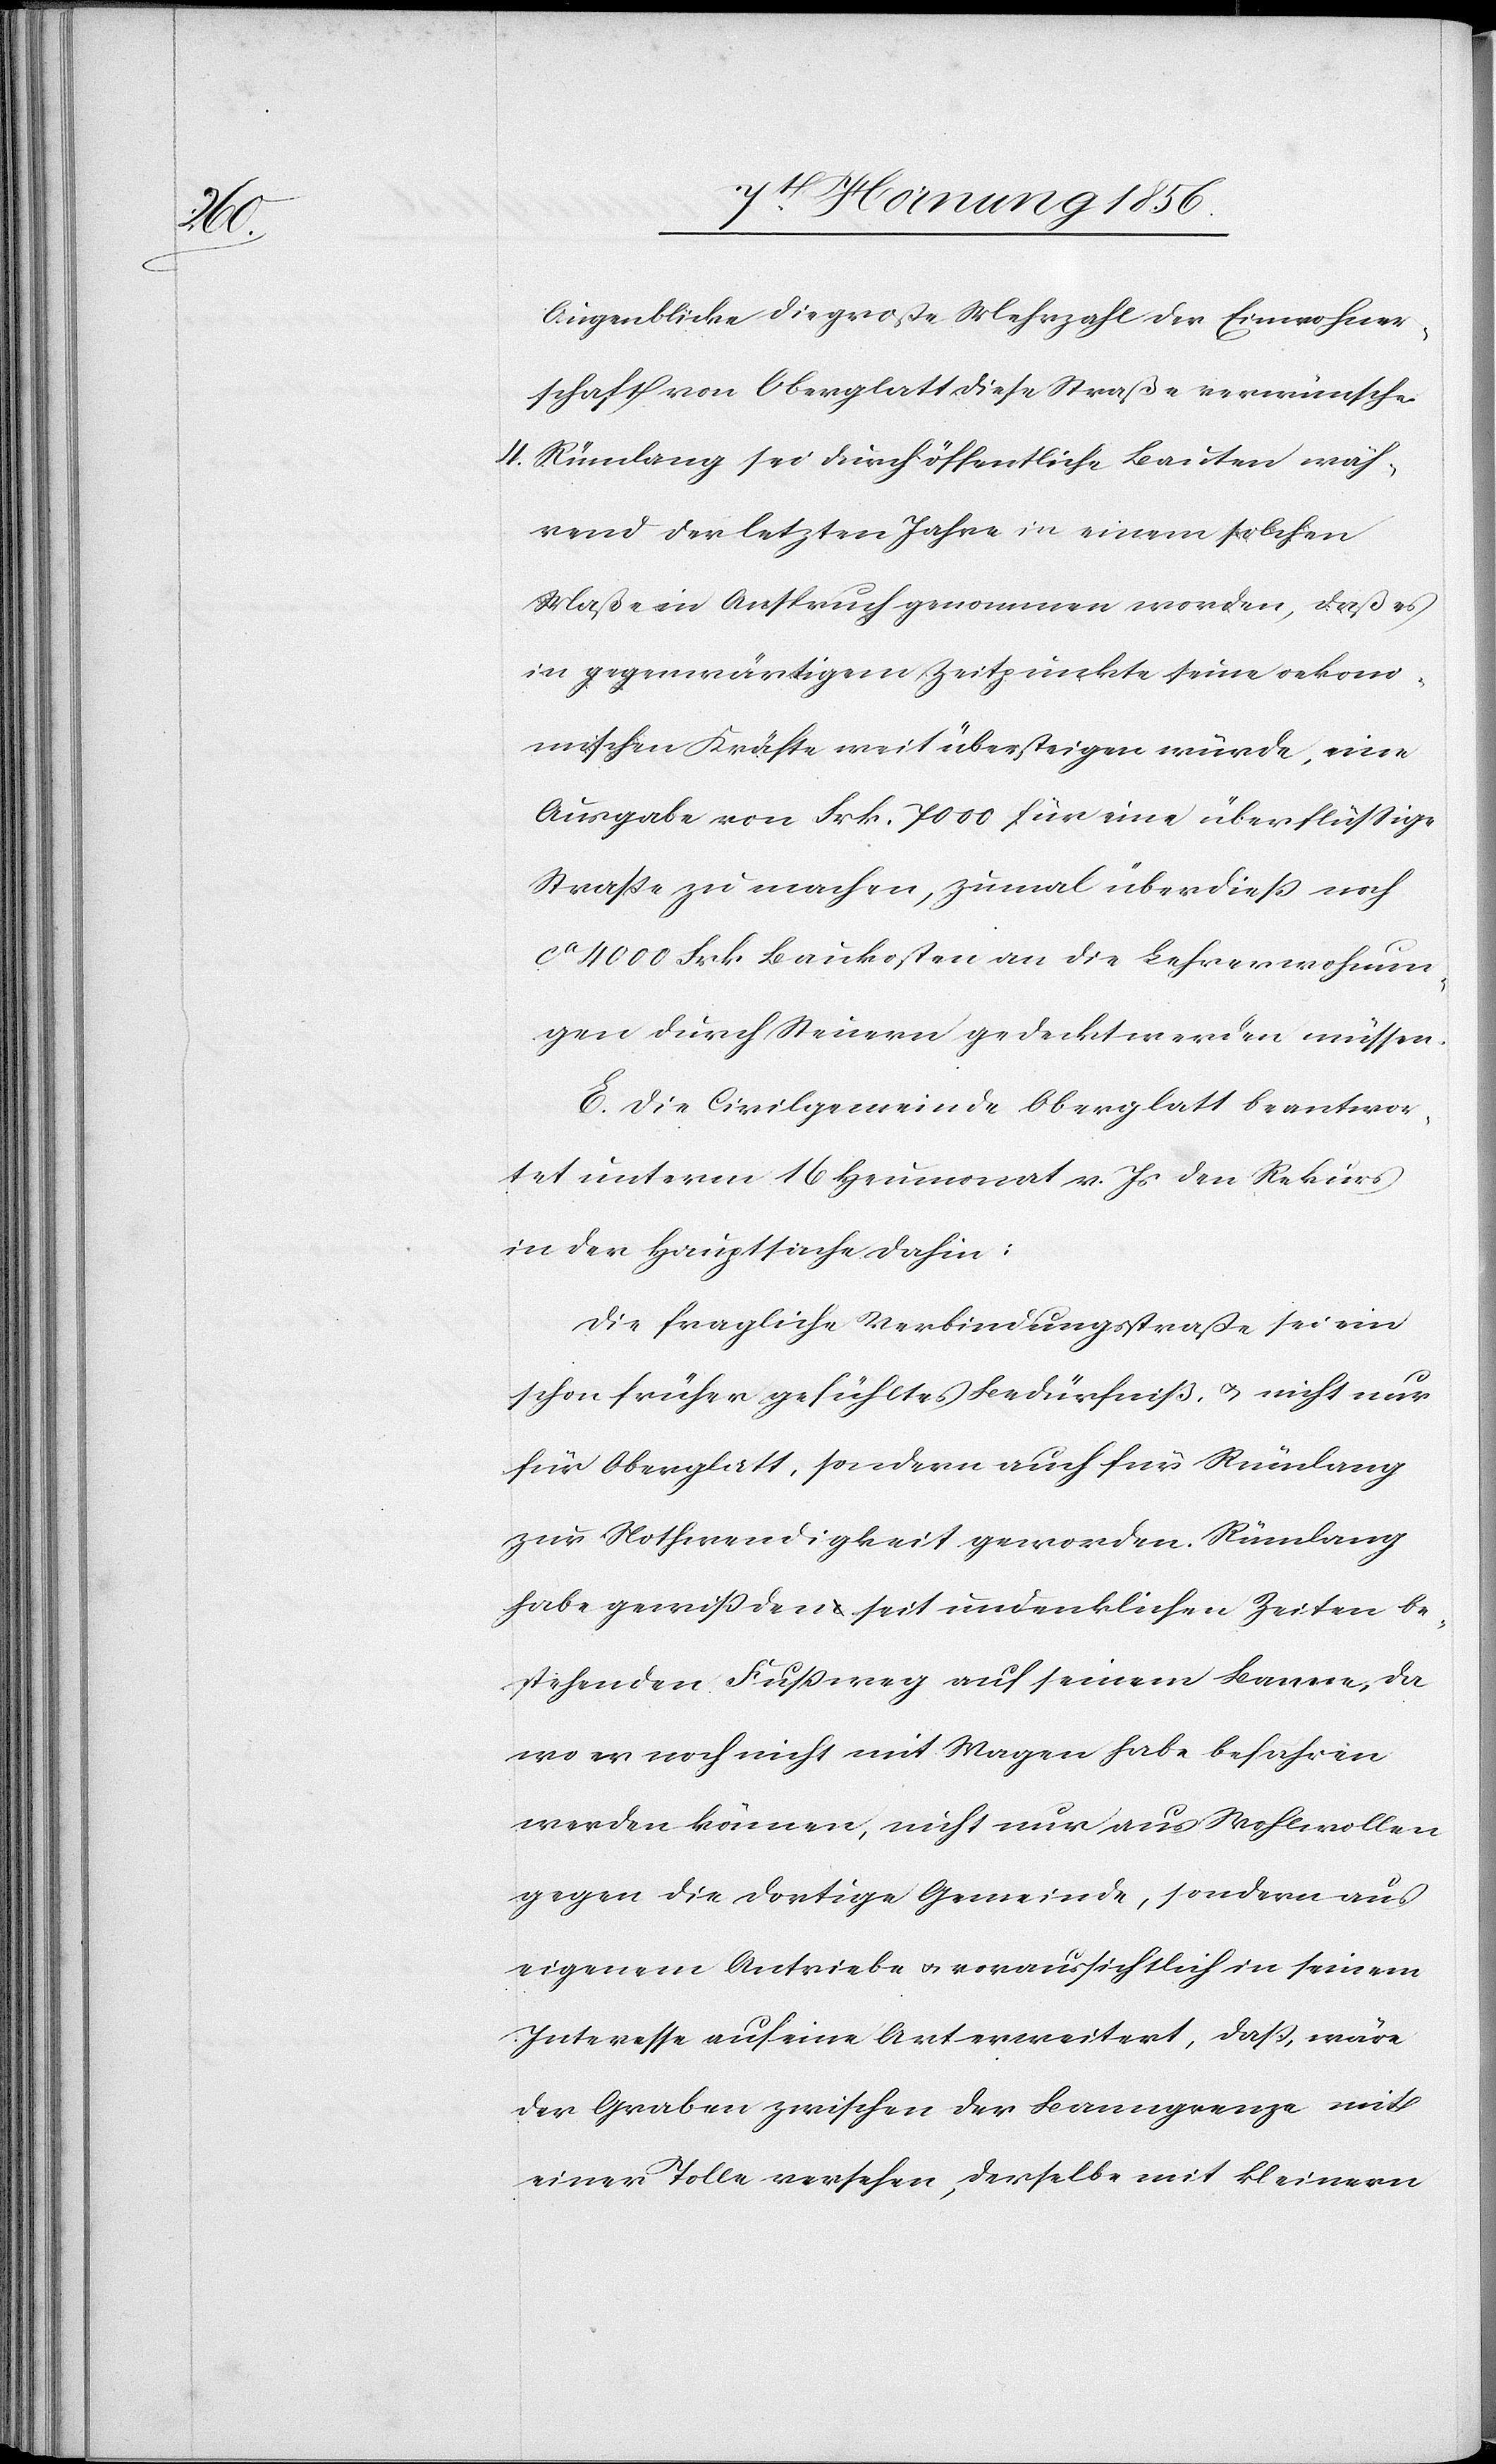
Augenblicke die große Mehrzahl der Einwohner¬
schaft von Oberglatt diese Straße verwünsche.
4. Rümlang sei durch öffentliche Bauten wäh¬
rend der letzten Jahre in einem solchen
Maße in Anspruch genommen worden, daß es
in gegenwärtigem Zeitpunkte seine oekono¬
mischen Kräfte weit übersteigen würde, eine
Ausgabe von Frk. 7000 für eine überflüssige
Straße zu machen, zumal überdieß noch
ca 4000 Frk Baukosten an die Lehrerwohnun¬
gen durch Steuern gedeckt werden müssen.
E. Die Civilgemeinde Oberglatt beantwor¬
tet unterm 16 Heumonat v. Js den Rekurs
in der Hauptsache dahin:
Die fragliche Verbindungsstraße sei ein
schon früher gefühltes Bedürfniß, u. nicht nur
für Oberglatt, sondern auch für Rümlang
zur Nothwendigkeit geworden. Rümlang
habe gewiß den seit undenklichen Zeiten be¬
stehenden Fußweg auf seinem Banne, da
wo er noch nicht mit Wagen habe befahren
werden können, nicht nur aus Wohlwollen
gegen die dortige Gemeinde, sondern aus
eigenem Antriebe u. voraussichtlich in seinem
Interesse auf eine Art erweitert, daß, wäre
der Graben zwischen der Banngrenze mit
einer Tolle versehen, derselbe mit kleinern